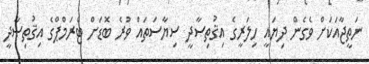
ނަތީޖާއަކަށް ވެގެން ދިޔައީ ހިލަރީގެ އިޤުތިޞާދީ ސިޔާސަތައް ވުރެ ބޮޑަށް ޓްރަމްޕްގެ އިޤުތިޞާދީ